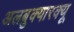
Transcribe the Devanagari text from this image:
अलबुक्यारक्यू